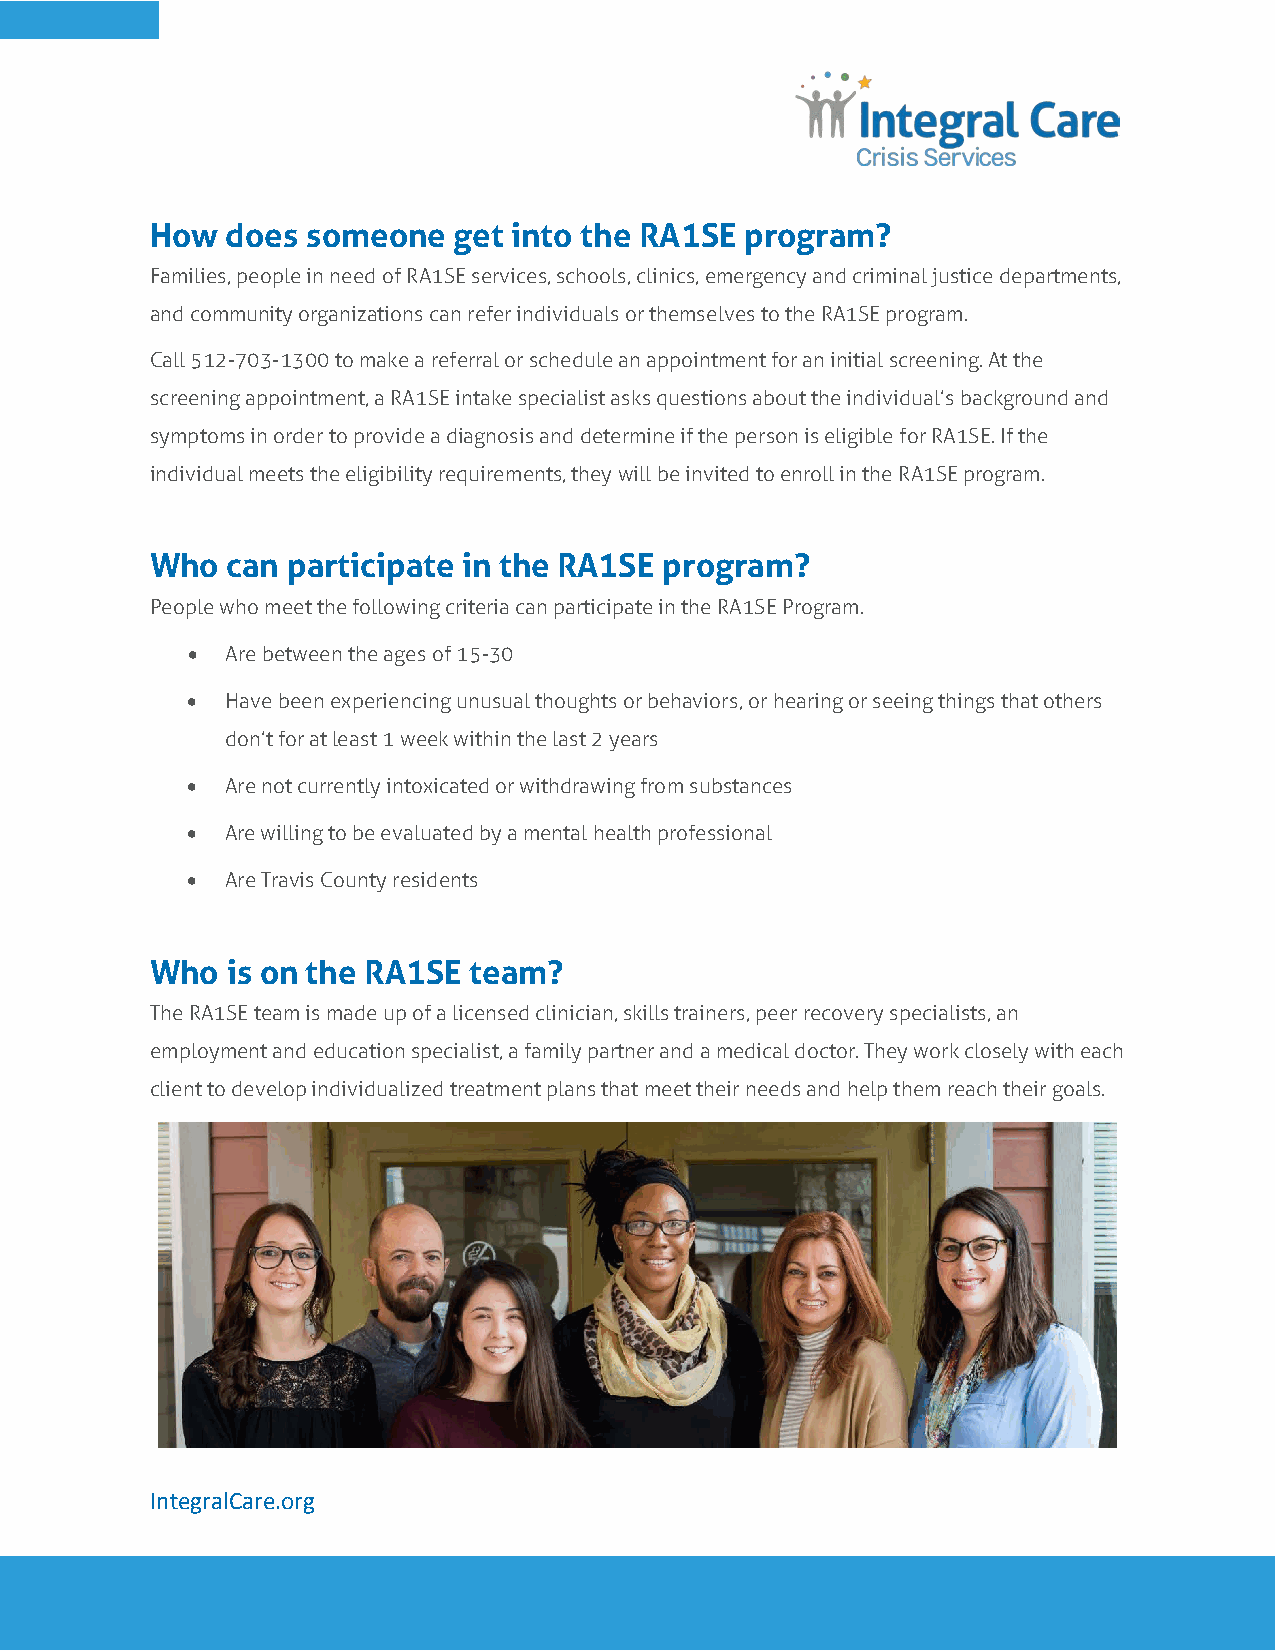
How  does someone   get into the RA1SE program?
 Families, people in need of RA1SE services, schools, clinics, emergency and criminal justice departments,
 and community organizations can refer individuals or themselves to the RA1SE program.
 Call 512-703-1300 to make a referral or schedule an appointment for an initial screening. At the
 screening appointment, a RA1SE intake specialist asks questions about the individual’s background and
 symptoms in order to provide a diagnosis and determine if the person is eligible for RA1SE. If the
 individual meets the eligibility requirements, they will be invited to enroll in the RA1SE program.
 Who  can participate in the RA1SE program?
 People who meet the following criteria can participate in the RA1SE Program.
 •  Are between the ages of 15-30
 •  Have been experiencing unusual thoughts or behaviors, or hearing or seeing things that others
 don’t for at least 1 week within the last 2 years
 •  Are not currently intoxicated or withdrawing from substances
 •  Are willing to be evaluated by a mental health professional
 •  Are Travis County residents
 Who  is on the RA1SE team?
 The RA1SE team is made up of a licensed clinician, skills trainers, peer recovery specialists, an
 employment and education specialist, a family partner and a medical doctor. They work closely with each
 client to develop individualized treatment plans that meet their needs and help them reach their goals.
 IntegralCare.org